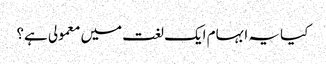
کیا یہ ابہام ایک لغت میں معمولی ہے؟